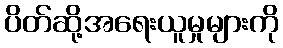
ပိတ်ဆို့အရေးယူမှုများကို